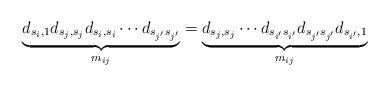
LaTeX: \begin{align*} \underbrace{d_{s_i,1}d_{s_j,s_j}d_{s_i,s_i}\cdots d_{s_{j'}s_{j'}}}_{m_{ij}} =\underbrace{d_{s_j,s_j}\cdots d_{s_{i'}s_{i'}}d_{s_{j'}s_{j'}}d_{s_{i'},1}}_{m_{ij}}\end{align*}